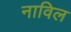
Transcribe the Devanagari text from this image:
नाविल